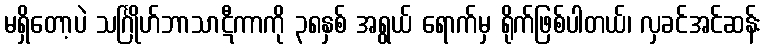
မရှိတော့ပဲ သင်္ဂြိုဟ်ဘာသာဋီကာကို ၃၈နှစ် အရွယ် ရောက်မှ ရိုက်ဖြစ်ပါတယ်၊ လှခင်အင်ဆန်း